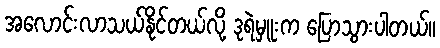
အလောင်းလာသယ်နိုင်တယ်လို့ ဒုရဲမှူးက ပြောသွားပါတယ်။